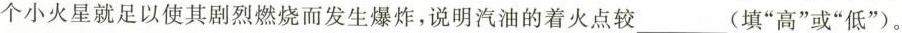
定量的汽油时，一个小火星就足以使其剧烈燃烧而发生爆炸，说明汽油的着火点较___(填”高”或”低”)。